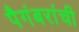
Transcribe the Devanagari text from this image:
पैगंबरांची